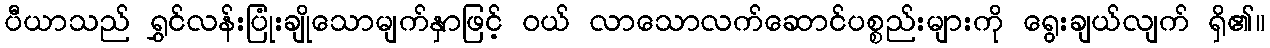
ပီယာသည် ရွှင်လန်းပြုံးချိုသောမျက်နှာဖြင့် ဝယ် လာသောလက်ဆောင်ပစ္စည်းများကို ရွေးချယ်လျက် ရှိ၏။